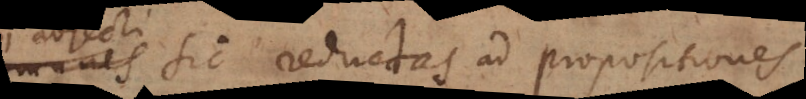
sic reductas ad propositiones